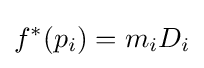
f^{*}(p_{i})=m_{i}D_{i}